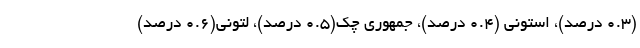
(۰.۳ درصد)، استونی (۰.۴ درصد)، جمهوری چک(۰.۵ درصد)، لتونی(۰.۶ درصد)